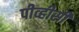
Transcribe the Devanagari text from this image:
पीव्हीसी